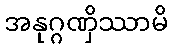
အနုဂ္ဂဏှိဿာမိ